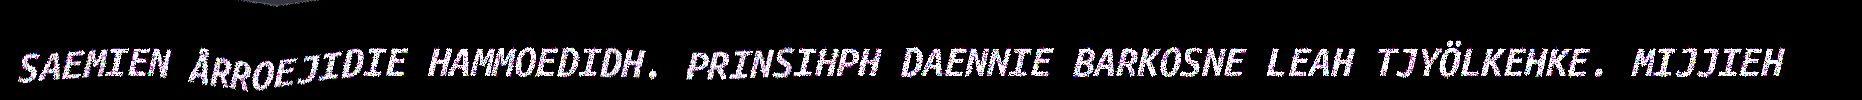
SAEMIEN ÅRROEJIDIE HAMMOEDIDH. PRINSIHPH DAENNIE BARKOSNE LEAH TJYÖLKEHKE. MIJJIEH